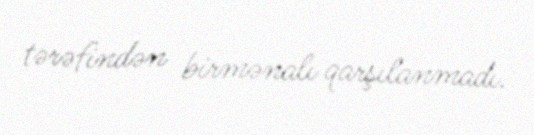
tərəfindən birmənalı qarşılanmadı.